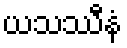
ယသဿီနံ